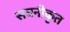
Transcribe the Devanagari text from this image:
सघनीकृत